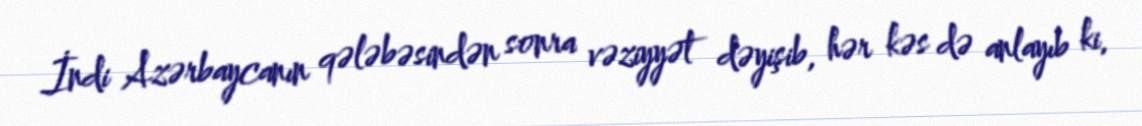
İndi Azərbaycanın qələbəsindən sonra vəziyyət dəyişib, hər kəs də anlayıb ki,